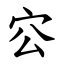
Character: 㝐